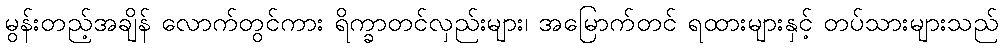
မွန်းတည့်အချိန် လောက်တွင်ကား ရိက္ခာတင်လှည်းများ၊ အမြောက်တင် ရထားများနှင့် တပ်သားများသည်